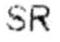
SR